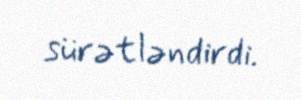
sürətləndirdi.